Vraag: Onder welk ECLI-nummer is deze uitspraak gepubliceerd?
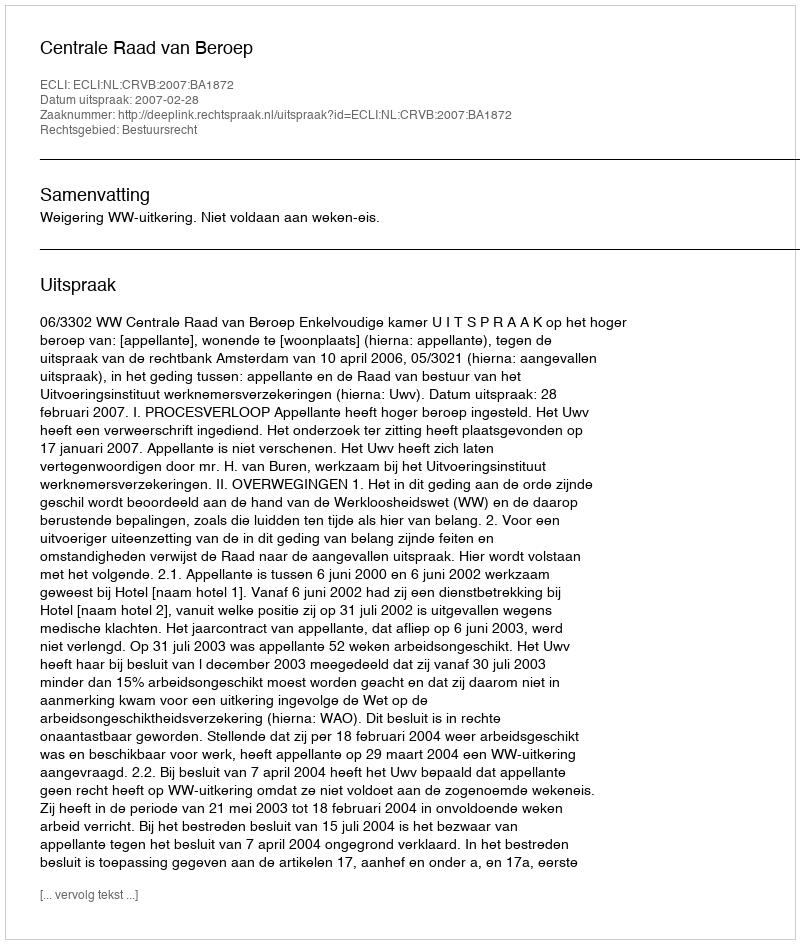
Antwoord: ECLI:NL:CRVB:2007:BA1872